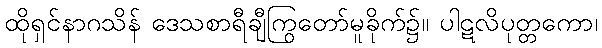
ထိုရှင်နာဂသိန် ဒေသစာရီချီကြွတော်မူခိုက်၌။ ပါဋလိပုတ္တကော၊